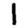
Digit: 1